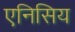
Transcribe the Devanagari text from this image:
एनिसिय